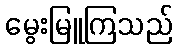
မွေးမြူကြသည်